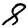
Digit: 8